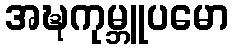
အဍ္ဎကုမ္ဘူပမော